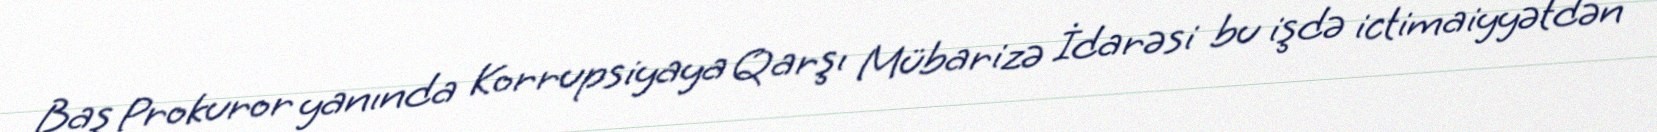
Baş Prokuror yanında Korrupsiyaya Qarşı Mübarizə İdarəsi bu işdə ictimaiyyətdən